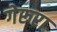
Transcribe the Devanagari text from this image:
गेरूरा